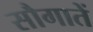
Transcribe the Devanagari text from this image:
सौगातें